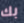
بك